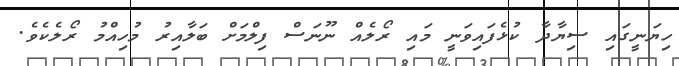
ހިޔަނީގައި ސިޔާދާ ކުޅެފައިވަނީ މައި ރޯލެއް ނޫނަސް ފިލްމަށް ބަލާއިރު މުހިއްމު ރޯލެކެވެ.